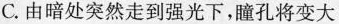
C.由暗处突然走到强光下，瞳孔将变大